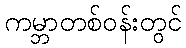
ကမ္ဘာတစ်ဝန်းတွင်